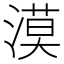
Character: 漠